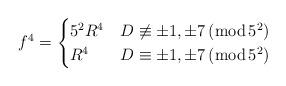
LaTeX: \begin{align*}f^4 =\begin{cases}5^2 R^4 & D\not\equiv \pm 1,\pm 7\,(\mathrm{mod}\,5^2) \\ R^4 & D\equiv \pm 1,\pm 7\,(\mathrm{mod}\,5^2) \end{cases}\end{align*}